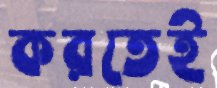
করতেই